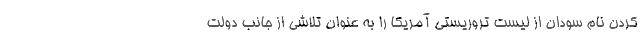
کردن نام سودان از لیست تروریستی آمریکا را به عنوان تلاشی از جانب دولت